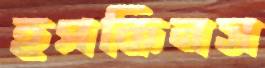
হপকিনস